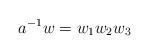
LaTeX: \begin{align*}a^{-1}w = w_1w_2w_3\end{align*}